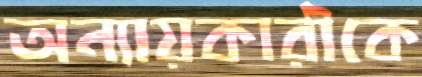
অন্যায়কারীকে